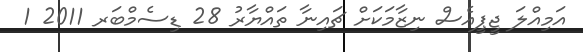
އަމިއްލަ ޖީޕީއެސް ނިޒާމަކަށް ޗައިނާ ތައްޔާރު 28 ޑިސެމްބަރ 2011 1